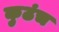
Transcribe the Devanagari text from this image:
कुठंच